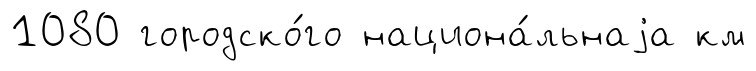
1080 городско́го национа́льнаjа км